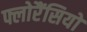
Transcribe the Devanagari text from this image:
फ्लोरैंसियो